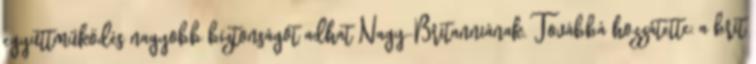
együttműködés nagyobb biztonságot adhat Nagy-Britanniának. Továbbá hozzátette: a brit